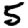
Digit: 5